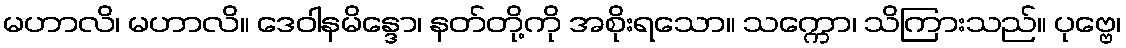
မဟာလိ၊ မဟာလိ။ ဒေဝါနမိန္ဒော၊ နတ်တို့ကို အစိုးရသော။ သက္ကော၊ သိကြားသည်။ ပုဗ္ဗေ၊